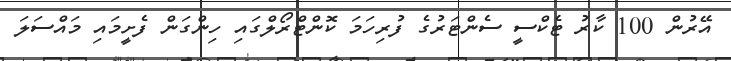
އޭރުން 100 ކާރު ޓެކްސީ ސެންޓަރުގެ ފުރިހަމަ ކޮންޓްރޯލްގައި ހިންގަން ފެށީމައި މައްސަލަ